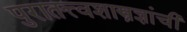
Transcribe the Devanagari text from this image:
पुरातत्त्वशास्त्रज्ञांची